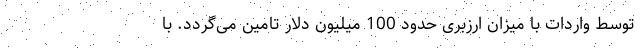
توسط واردات با میزان ارزبری حدود 100 میلیون دلار تامین می­گردد. با